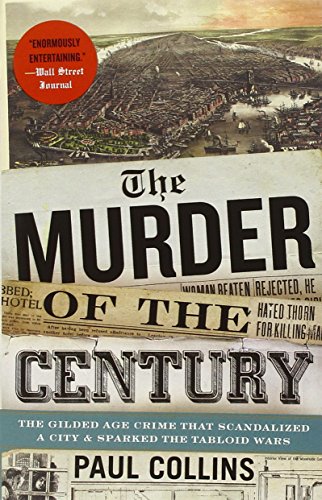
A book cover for The Murder of the Century: The Gilded Age Crime That Scandalized a City & Sparked the Tabloid Wars; Paul Collins; Biographies & Memoirs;